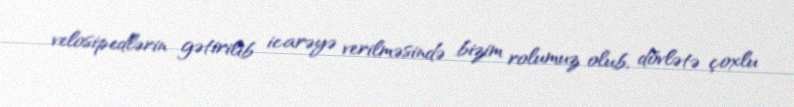
velosipedlərin gətirilib icarəyə verilməsində bizim rolumuz olub, dövlətə çoxlu